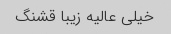
خیلی عالیه زیبا قشنگ